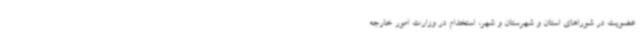
عضویت در شوراهای استان و شهرستان و شهر، استخدام در وزارت امور خارجه